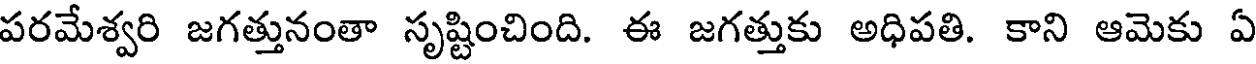
పరమేశ్వరి జగత్తునంతా సృష్టించింది. ఈ జగత్తుకు అధిపతి. కాని ఆమెకు ఏ